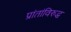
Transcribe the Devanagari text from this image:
प्रांतांविरुद्ध